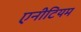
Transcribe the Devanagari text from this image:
एनीटियम